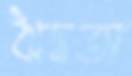
ঋদ্ধতা